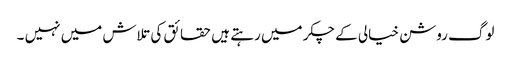
لوگ روشن خیالی کے چکر میں رہتے ہیں حقائق کی تلاش میں نہیں ۔